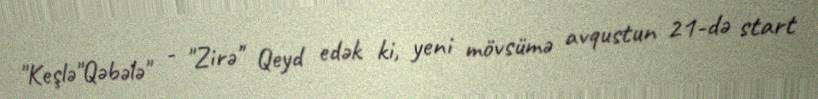
"Keşlə"Qəbələ" - "Zirə" Qeyd edək ki, yeni mövsümə avqustun 21-də start